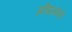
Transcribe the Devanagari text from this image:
अतिप्रसंगाने